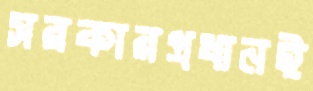
সরকারপ্রধানই